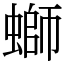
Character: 螄